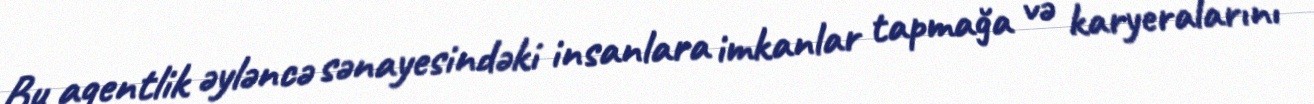
Bu agentlik əyləncə sənayesindəki insanlara imkanlar tapmağa və karyeralarını